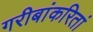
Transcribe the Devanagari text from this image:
गरीबांकरितां